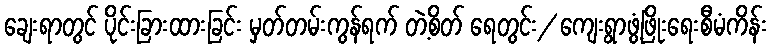
ချေးရာတွင် ပိုင်းခြားထားခြင်း မှတ်တမ်းကွန်ရက် တဲ့စိတ် ရေတွင်း/ ကျေးရွာဖွံ့ဖြိုးရေးစီမံကိန်း